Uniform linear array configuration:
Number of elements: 48
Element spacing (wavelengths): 0.75
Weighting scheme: kaiser
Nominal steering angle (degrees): -15
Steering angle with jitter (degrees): -16.656
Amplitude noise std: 0.05
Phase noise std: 0.05

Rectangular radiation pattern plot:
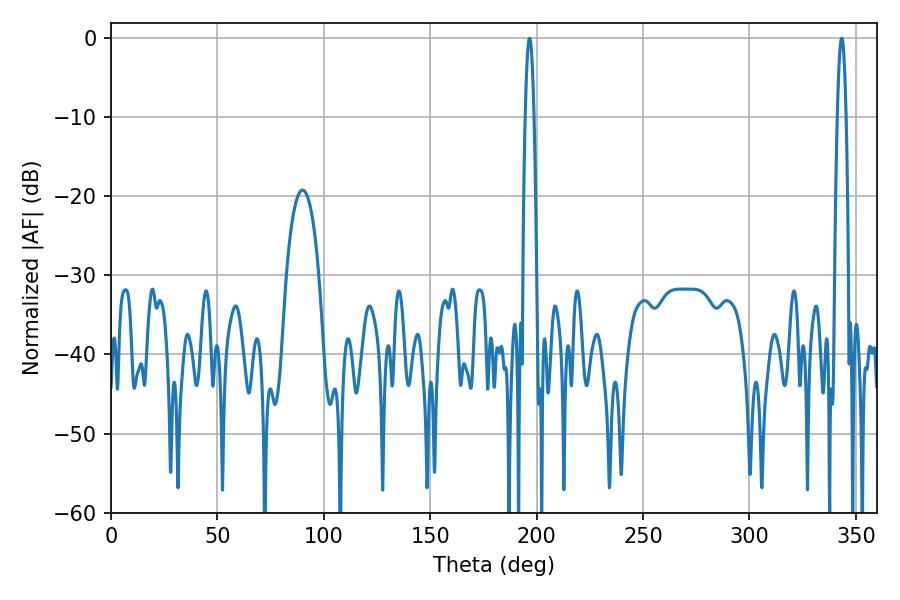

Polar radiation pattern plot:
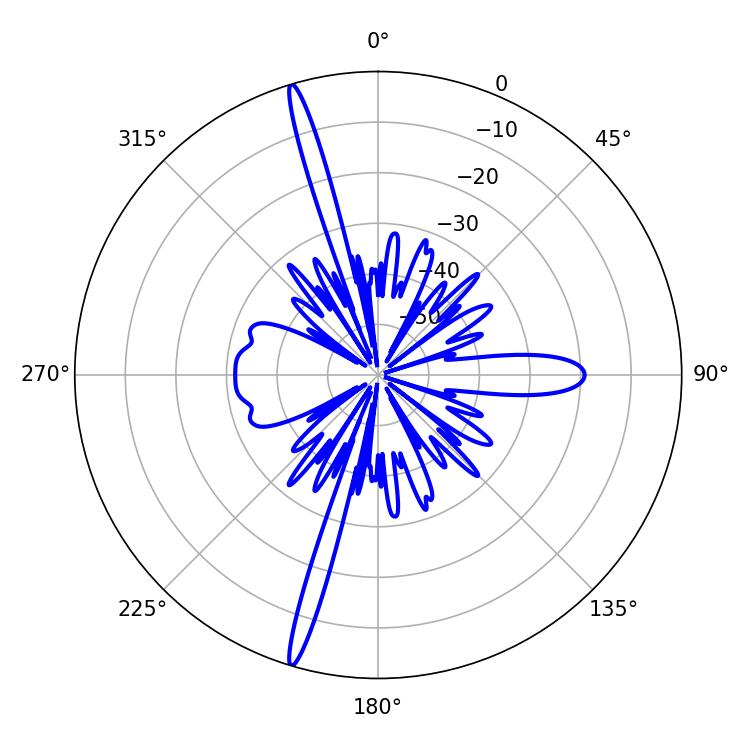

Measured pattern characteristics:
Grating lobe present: TRUE
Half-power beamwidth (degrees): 2.34
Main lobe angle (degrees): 196.74